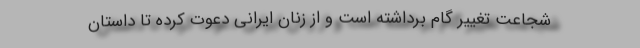
شجاعت تغییر گام برداشته است و از زنان ایرانی دعوت کرده تا داستان